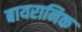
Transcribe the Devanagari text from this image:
बायरानिक